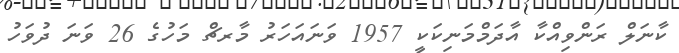
ކާނަލް ރަންވިއްކާ އާދަމްމަނިކަކީ 1957 ވަނައަހަރު މާރޗް މަހުގެ 26 ވަނަ ދުވަހު